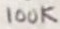
Text: 100K